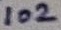
Text: 102